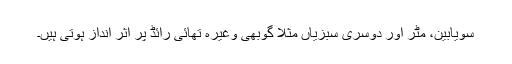
سویابین، مٹر اور دوسری سبزیاں مثلاً گوبھی وغیرہ تھائی رائڈ پر اثر انداز ہوتی ہیں۔